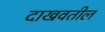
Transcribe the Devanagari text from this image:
दाखवतील